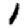
Digit: 1